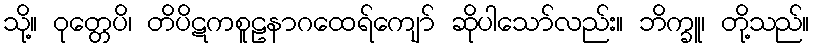
သို့။ ဝုတ္တေပိ၊ တိပိဋကစူဠနာဂထေရ်ကျော် ဆိုပါသော်လည်း။ ဘိက္ခူ၊ တို့သည်။